Report of the Municipal Commissioner on the plague in Bombay for the year ending 31st May... - Volume 3
Disease focus: Plague
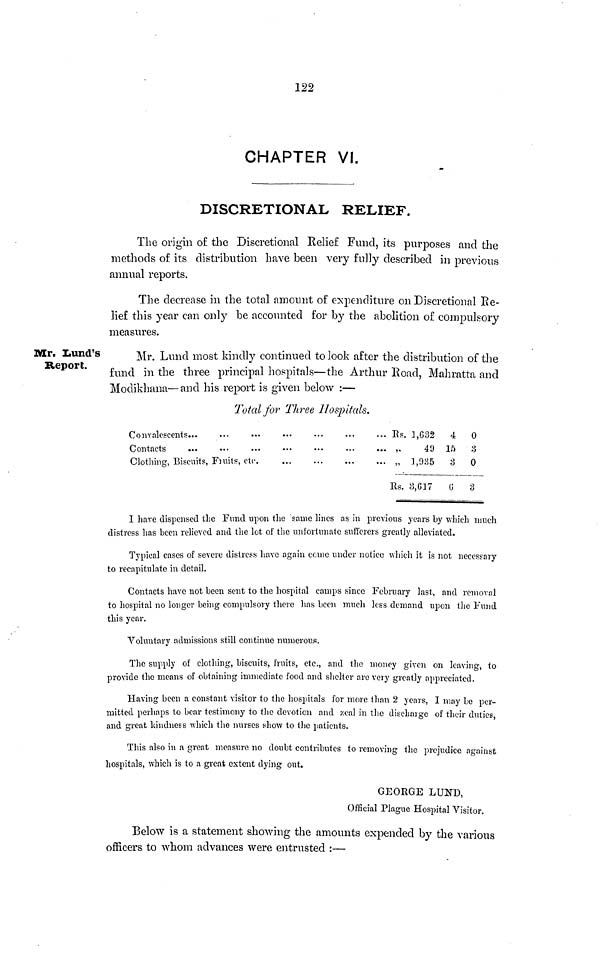
122
CHAPTER VI.
DISCRETIONAL RELIEF.
The origin o£ the Discretional Relief Fund, its purposes and the
methods o£ its distribution have been very fully described in previous
annual reports.
The decrease in the total amount of expenditure on Discretional Re-
lief this year can only be accounted for by the abolition of compulsory
measures.
Mr. Lund's
Report.
Mr. Lund most kindly continued to look after the distribution of the
fund in the three principal hospitals—the Arthur Road, Mahratta and
Modikhana—and his report is given below :—
Total for Three Hospitals.
Convalescents...
Contacts
Clothing, Biscuits, Fruits, etc
Rs. 1,682
4
„
49 10
„ 1, 985
8
Rs. 3,617 G
0
:3
0
3
I have dispensed the Fund upon the same lines as in previous years by which much
distress has been relieved and the lot of the unfortunate sufferers greatly alleviated.
Typical cases of severe distress have again come under notice which it is not necessary
to recapitulate in detail.
Contacts have not been sent to the hospital camps since February last, and removal
to hospital no longer being compulsory there has been much less demand upon the Fund
this year.
Voluntary admissions still continue numerous.
The supply of clothing, biscuits, fruits, etc., and the money given on leaving, to
provide the means of obtaining immediate food and shelter are very greatly appreciated.
Having been a constant visitor to the hospitals for more than 2 years, I may be per-
mitted perhaps to bear testimony to the devotion and zeal in the discharge of their duties
and great kindness which the nurses show to the patients.
This also in a great measure no doubt contributes to removing the prejudice against
hospitals, which is to a great extent dying out.
GEORGE LUND,
Official Plague Hospital Visitor.
Below is a statement showing the amounts expended by the various
officers to whom advances were entrusted :—